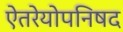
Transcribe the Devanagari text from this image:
ऐतरेयोपनिषद